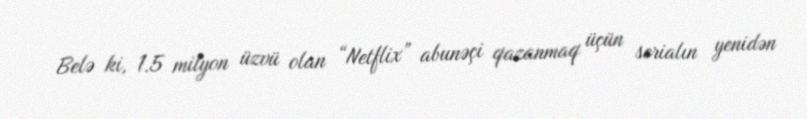
Belə ki, 1.5 milyon üzvü olan “Netflix” abunəçi qazanmaq üçün serialın yenidən